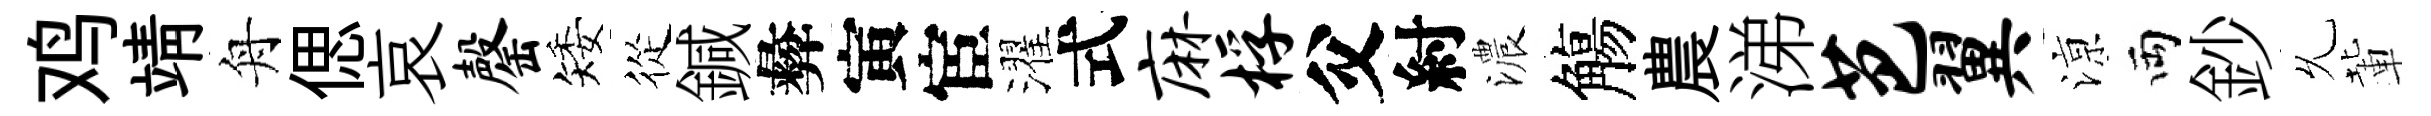
鸡靖舟偲哀罄矮從鍼彜寅宦濯式麻桴父紂濃觴農涕芭翼鿌両鈔𠃔輩